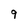
Character: 9